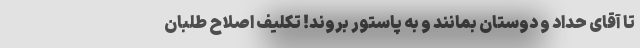
تا آقای حداد و دوستان بمانند و به پاستور بروند! تکلیف اصلاح طلبان